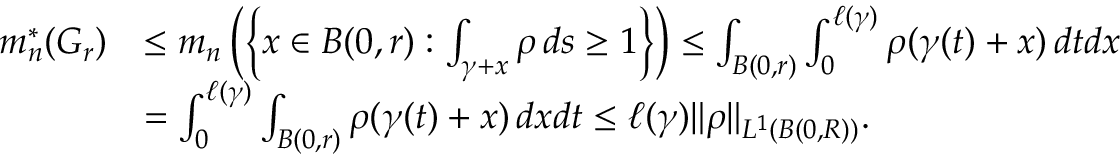
\begin{array} { r l } { m _ { n } ^ { * } ( G _ { r } ) } & { \leq m _ { n } \left( \left\{ x \in B ( 0 , r ) : \int _ { \gamma + x } \rho \, d s \geq 1 \right\} \right) \leq \int _ { B ( 0 , r ) } \int _ { 0 } ^ { \ell ( \gamma ) } \rho ( \gamma ( t ) + x ) \, d t d x } \\ & { = \int _ { 0 } ^ { \ell ( \gamma ) } \int _ { B ( 0 , r ) } \rho ( \gamma ( t ) + x ) \, d x d t \leq \ell ( \gamma ) \| \rho \| _ { L ^ { 1 } ( B ( 0 , R ) ) } . } \end{array}